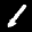
Label: 1